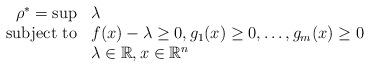
LaTeX: \begin{align*}\begin{array}{rll}\rho^* = \sup & \lambda \\\textnormal{subject to} & \displaystyle f(x)-\lambda \geq 0, g_1(x) \geq 0, \dots, g_m(x) \geq 0 \\& \lambda \in \mathbb{R}, x \in \mathbb{R}^n\end{array}\end{align*}